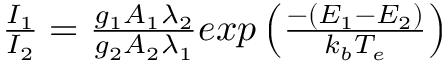
\begin{array} { r } { \frac { I _ { 1 } } { I _ { 2 } } = \frac { g _ { 1 } A _ { 1 } \lambda _ { 2 } } { g _ { 2 } A _ { 2 } \lambda _ { 1 } } e x p \left( \frac { - ( E _ { 1 } - E _ { 2 } ) } { k _ { b } T _ { e } } \right) } \end{array}